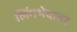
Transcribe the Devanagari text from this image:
लिंगभेदावर